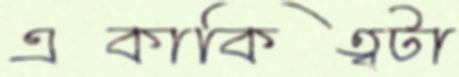
একাকিত্বটা